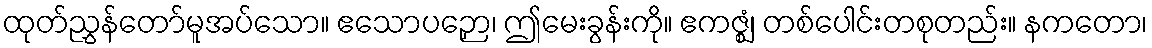
ထုတ်ညွှန်တော်မူအပ်သော။ ဧသောပဉှော၊ ဤမေးခွန်းကို။ ဧကဇ္ဈံ၊ တစ်ပေါင်းတစုတည်း။ နကတော၊